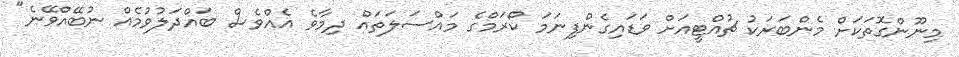
މިނޫންގޮތަކަށް މެންބަރަކު ޗުއްޓީއަށް ވަޑައިގެންފިނަމަ ކޯރަމްގެ މައްސަލަތައް ދިމާވެ އެއްވެސް ބައްދަލުވުމެއް ނުބޭއްވޭނެ"